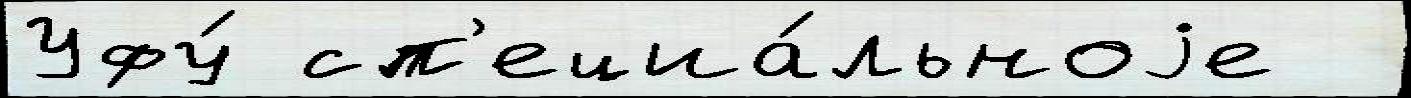
Уфу́ сп'ециа́льноjе